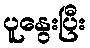
ပူနွေးပြီး